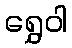
ရွှေဝါ